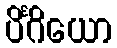
ပိင်္ဂိယော